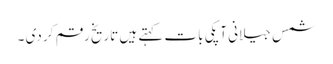
شمس جیلانی آپکی بات کہتے ہیں تاریخ رقم کر دی ۔